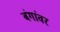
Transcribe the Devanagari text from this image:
बंगांवर